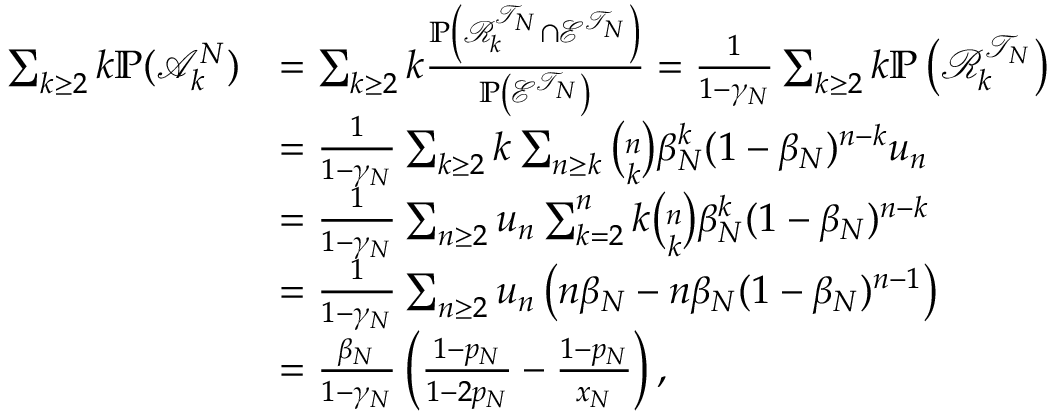
\begin{array} { r l } { \sum _ { k \geq 2 } k \mathbb { P } ( \mathcal { A } _ { k } ^ { N } ) } & { = \sum _ { k \geq 2 } k \frac { \mathbb { P } \left( \mathcal { R } _ { k } ^ { \mathcal { T } _ { N } } \cap \mathcal { E } ^ { \mathcal { T } _ { N } } \right) } { \mathbb { P } \left( \mathcal { E } ^ { \mathcal { T } _ { N } } \right) } = \frac { 1 } { 1 - \gamma _ { N } } \sum _ { k \geq 2 } k \mathbb { P } \left( \mathcal { R } _ { k } ^ { \mathcal { T } _ { N } } \right) } \\ & { = \frac { 1 } { 1 - \gamma _ { N } } \sum _ { k \geq 2 } k \sum _ { n \geq k } \binom { n } { k } \beta _ { N } ^ { k } ( 1 - \beta _ { N } ) ^ { n - k } u _ { n } } \\ & { = \frac { 1 } { 1 - \gamma _ { N } } \sum _ { n \geq 2 } u _ { n } \sum _ { k = 2 } ^ { n } k \binom { n } { k } \beta _ { N } ^ { k } ( 1 - \beta _ { N } ) ^ { n - k } } \\ & { = \frac { 1 } { 1 - \gamma _ { N } } \sum _ { n \geq 2 } u _ { n } \left( n \beta _ { N } - n \beta _ { N } ( 1 - \beta _ { N } ) ^ { n - 1 } \right) } \\ & { = \frac { \beta _ { N } } { 1 - \gamma _ { N } } \left( \frac { 1 - p _ { N } } { 1 - 2 p _ { N } } - \frac { 1 - p _ { N } } { x _ { N } } \right) , } \end{array}